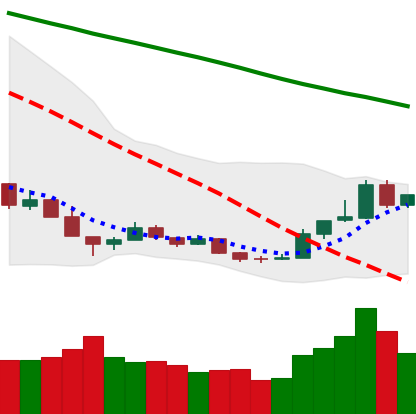
Ticker: BTC-USD
Chart end date: 2018-12-22
Forward return: -8.952%
Label: down_7plus